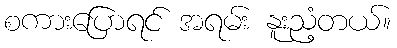
စကားပြောရင် အရမ်း နူးညံ့တယ်။